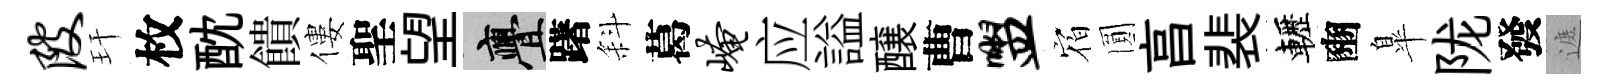
陂玕枚酖饋僂聖望亹躇斜葛崦应謚醸曹盥𪧐圎亯裴轣豳臯陇發遮